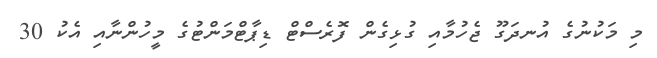
މި މަކުނުގެ އުނދަގޫ ޖެހުމާއި ގުޅިގެން ފޮރެސްޓް ޑިޕާޓްމަންޓުގެ މީހުންނާއި އެކު 30